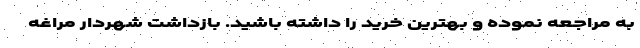
به مراجعه نموده و بهترین خرید را داشته باشید. بازداشت شهردار مراغه